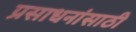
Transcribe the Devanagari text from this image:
प्रसाधनांसाठी